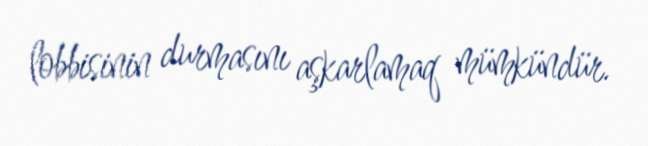
lobbisinin durmasını aşkarlamaq mümkündür.